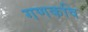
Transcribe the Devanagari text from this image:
गणकवि